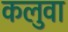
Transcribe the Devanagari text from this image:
कलुवा